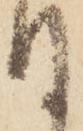
て